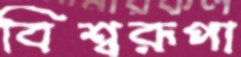
বিশ্বরূপা